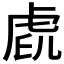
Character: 𧆧